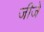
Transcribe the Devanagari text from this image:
जीजे